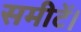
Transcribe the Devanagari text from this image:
समीटें।